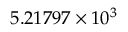
5 . 2 1 7 9 7 \times 1 0 ^ { 3 }